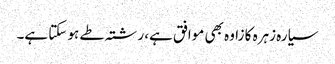
سیارہ زہرہ کا زاوہ بھی موافق ہے، رشتہ طے ہو سکتا ہے۔